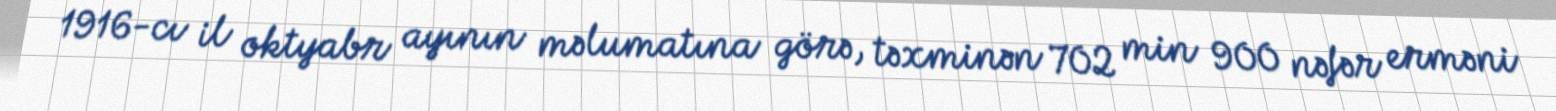
1916-cı il oktyabr ayının məlumatına görə, təxminən 702 min 900 nəfər erməni